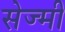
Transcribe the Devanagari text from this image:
सेज्मी